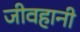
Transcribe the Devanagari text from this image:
जीवहानी